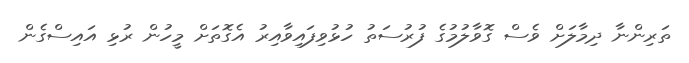
ތަރިންނާ ދިމާލަށް ވެސް ގޮވާލުމުގެ ފުރުސަތު ހުޅުވިފައިވާއިރު އެގޮތަށް މީހުން ރުޅި އައިސްގެން